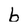
Character: b